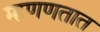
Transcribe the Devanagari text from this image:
म्हणणतात